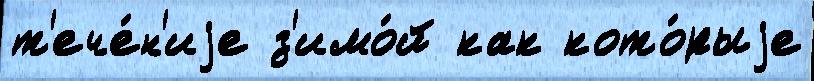
т'ече́н'иjе з'имо́й как кото́рыjе